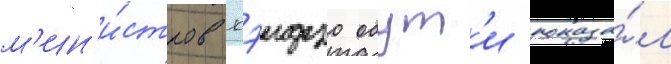
м'ин'и́стров кэидзо обут'и показа́л